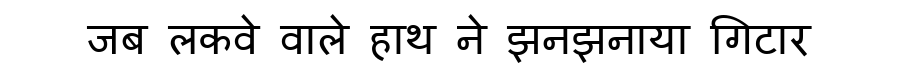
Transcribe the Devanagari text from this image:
जब लकवे वाले हाथ ने झनझनाया गिटार